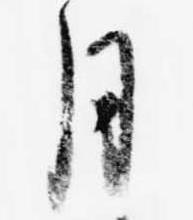
月